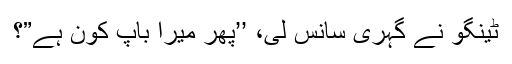
ٹینگو نے گہری سانس لی، ’’پھر میرا باپ کون ہے”؟